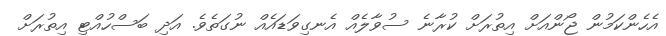
އެހެންކަމުން ޖޯންއަށް އިތުރަށް ކުރާނެ ސުވާލެއް އެނގިވަޑައެއް ނުގަތެވެ. އަދި ބަސްހުއްޓި އިތުރަށް